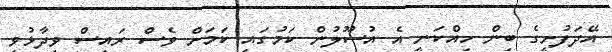
އޭދަފުށީގެ ބިން ހިއްކަނީ އެ އުސޫލުން ކަމުގައި ކަމަށް ވެސް ރައިސް ވިދާޅުވި